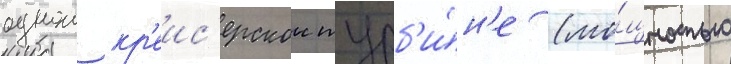
однои кр'еис'ерскои турб'и́н'е (мо́щностью